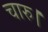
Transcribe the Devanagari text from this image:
चारु।